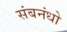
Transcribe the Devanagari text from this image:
संबनंधो